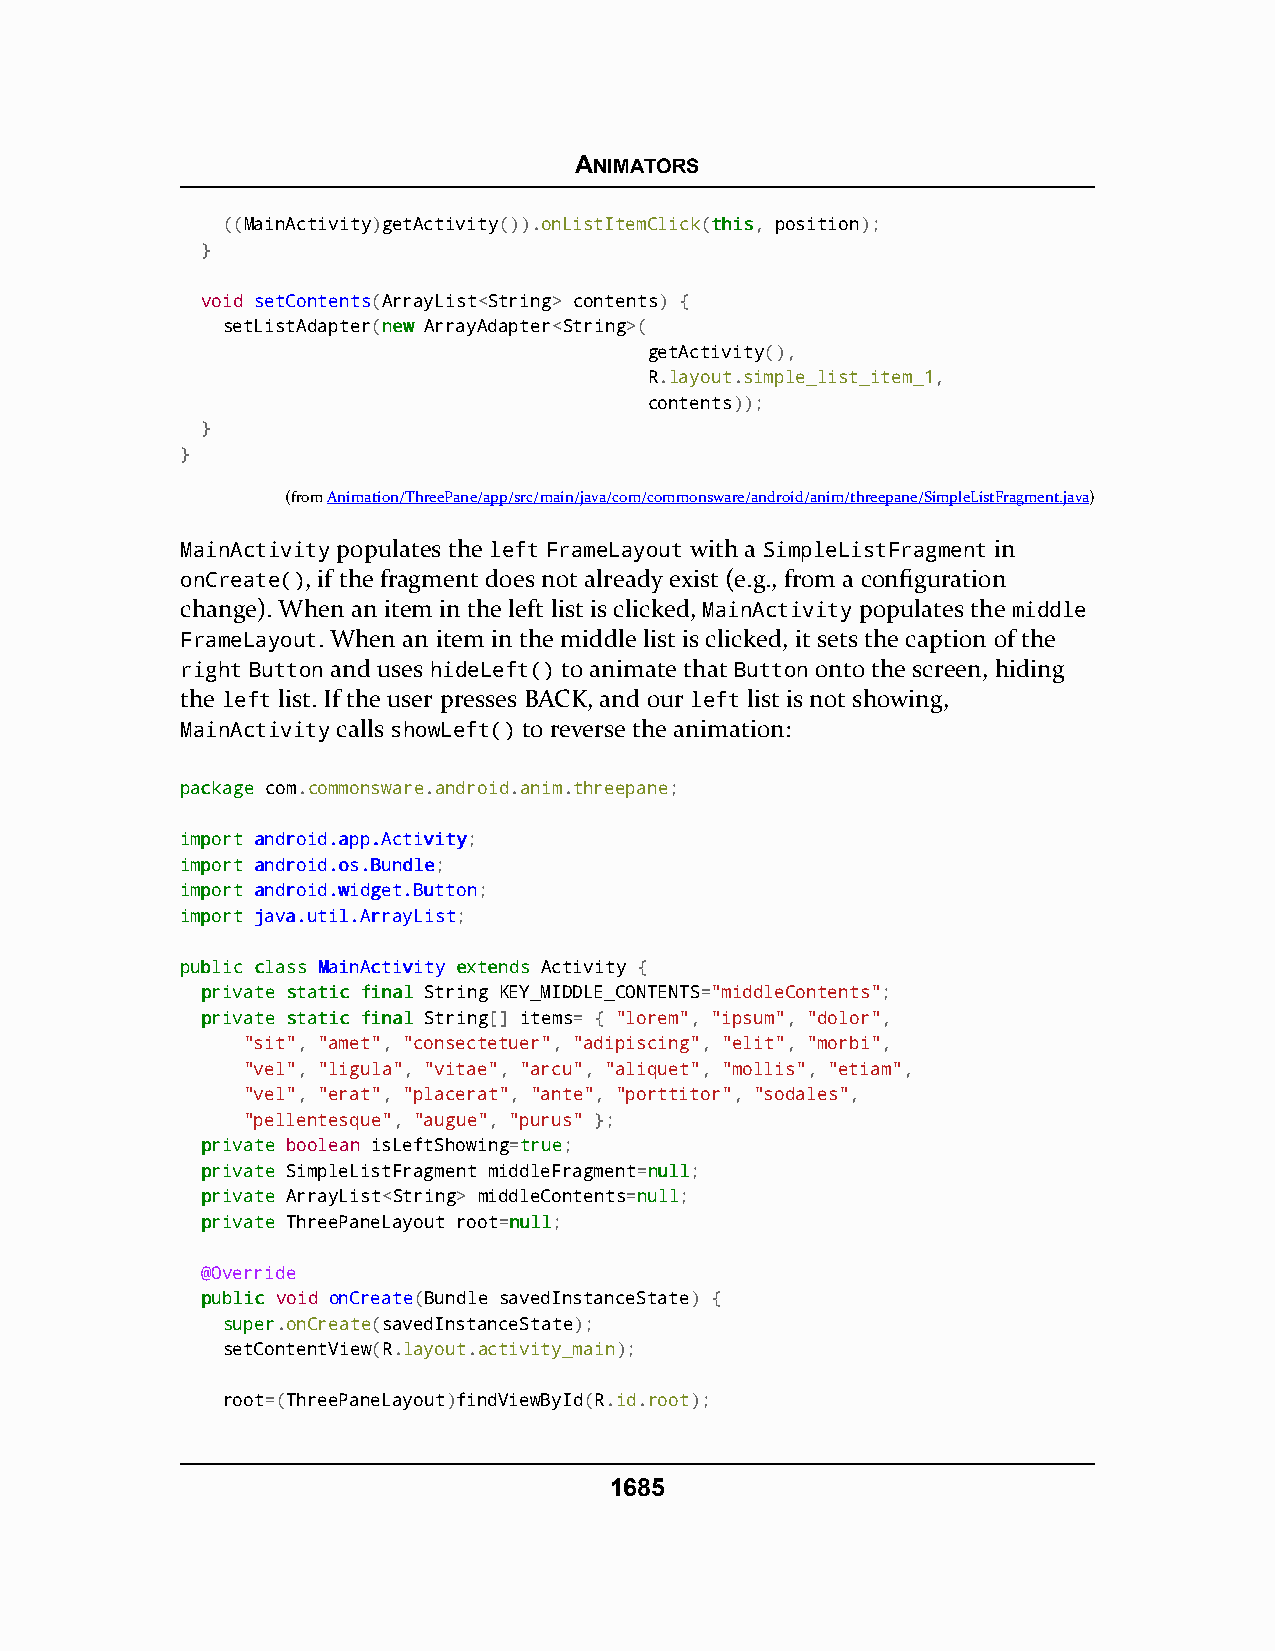
ANIMATORS
 ((MainActivity)getActivity()).onListItemClick(tthhiiss, position);
 }
 void setContents(ArrayList<String> contents) {
 setListAdapter(nneeww ArrayAdapter<String>(
 getActivity(),
 R.layout.simple_list_item_1,
 contents));
 }
 }
 (fromAnimation/ThreePane/app/src/main/java/com/commonsware/android/anim/threepane/SimpleListFragment.java)
 MainActivity populates the left FrameLayout with a SimpleListFragment in
 onCreate(), if the fragment does not already exist (e.g., from a configuration
 change). When an item in the left list is clicked, MainActivity populates the middle
 FrameLayout. When an item in the middle list is clicked, it sets the caption of the
 right Button and uses hideLeft() to animate that Button onto the screen, hiding
 the left list. If the user presses BACK, and our left list is not showing,
 MainActivity calls showLeft() to reverse the animation:
 ppaacckkaaggee com.commonsware.android.anim.threepane;
 iimmppoorrtt aannddrrooiidd..aapppp..AAccttiivviittyy;
 iimmppoorrtt aannddrrooiidd..ooss..BBuunnddllee;
 iimmppoorrtt aannddrrooiidd..wwiiddggeett..BBuuttttoonn;
 iimmppoorrtt jjaavvaa..uuttiill..AArrrraayyLLiisstt;
 ppuubblliicc ccllaassss MMaaiinnAAccttiivviittyy eexxtteennddss Activity {
 pprriivvaattee ssttaattiicc ffiinnaall String KEY_MIDDLE_CONTENTS="middleContents";
 pprriivvaattee ssttaattiicc ffiinnaall String[] items= { "lorem", "ipsum", "dolor",
 "sit", "amet", "consectetuer", "adipiscing", "elit", "morbi",
 "vel", "ligula", "vitae", "arcu", "aliquet", "mollis", "etiam",
 "vel", "erat", "placerat", "ante", "porttitor", "sodales",
 "pellentesque", "augue", "purus" };
 pprriivvaattee boolean isLeftShowing=ttrruuee;
 pprriivvaattee SimpleListFragment middleFragment=nnuullll;
 pprriivvaattee ArrayList<String> middleContents=nnuullll;
 pprriivvaattee ThreePaneLayout root=nnuullll;
 @Override
 ppuubblliicc void onCreate(Bundle savedInstanceState) {
 ssuuppeerr.onCreate(savedInstanceState);
 setContentView(R.layout.activity_main);
 root=(ThreePaneLayout)findViewById(R.id.root);
 1685